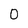
Character: 0